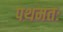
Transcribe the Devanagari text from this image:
पथमतः